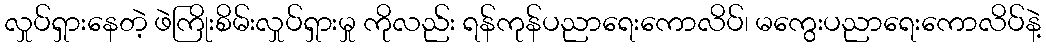
လှုပ်ရှားနေတဲ့ ဖဲကြိုးစိမ်းလှုပ်ရှားမှု ကိုလည်း ရန်ကုန်ပညာရေးကောလိပ်၊ မကွေးပညာရေးကောလိပ်နဲ့